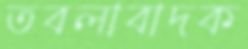
তবলাবাদক